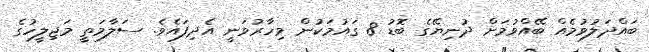
ބައްދަލުވުމެއް ބޭއްވުމަށް ދުނިޔޭގެ ބޮޑު 8 ގައުމަކުން މިހާރުވަނީ އެދިފައެވެ. ސަލާމަތީ މަޖިލީހުގެ